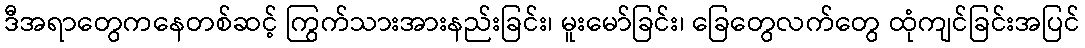
ဒီအရာတွေကနေတစ်ဆင့် ကြွက်သားအားနည်းခြင်း၊ မူးမော်ခြင်း၊ ခြေတွေလက်တွေ ထုံကျင်ခြင်းအပြင်